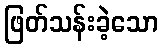
ဖြတ်သန်းခဲ့သော